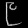
Digit: ၉